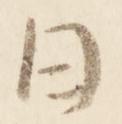
日